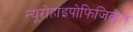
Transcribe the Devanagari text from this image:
न्यूरोहाइपोफिजिकल